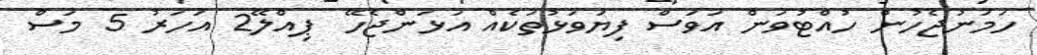
ހަމަނުޖެހުން ހުއްޓުވަން އަވަސް ފިޔަވަޅުތަކެއް އަޅަންޖެހޭ  ޕިއްލޭ2 އަހަރު 5 މަސް